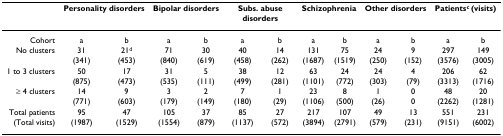
<table><thead><tr><td></td><td colspan="2"><b>Personality disorders</b></td><td colspan="2"><b>Bipolar disorders</b></td><td colspan="2"><b>Subs. abuse disorders</b></td><td colspan="2"><b>Schizophrenia</b></td><td colspan="2"><b>Other disorders</b></td><td colspan="2"><b>Patients<sup>c </sup>(visits)</b></td></tr></thead><tbody><tr><td>Cohort</td><td>a</td><td>b</td><td>a</td><td>b</td><td>a</td><td>b</td><td>a</td><td>b</td><td>a</td><td>b</td><td>a</td><td>b</td></tr><tr><td>No clusters</td><td>31</td><td>21<sup>d</sup></td><td>71</td><td>30</td><td>40</td><td>14</td><td>131</td><td>75</td><td>24</td><td>9</td><td>297</td><td>149</td></tr><tr><td></td><td>(341)</td><td>(453)</td><td>(840)</td><td>(619)</td><td>(458)</td><td>(262)</td><td>(1687)</td><td>(1519)</td><td>(250)</td><td>(152)</td><td>(3576)</td><td>(3005)</td></tr><tr><td>1 to 3 clusters</td><td>50</td><td>17</td><td>31</td><td>5</td><td>38</td><td>12</td><td>63</td><td>24</td><td>24</td><td>4</td><td>206</td><td>62</td></tr><tr><td></td><td>(875)</td><td>(473)</td><td>(535)</td><td>(111)</td><td>(499)</td><td>(281)</td><td>(1101)</td><td>(772)</td><td>(303)</td><td>(79)</td><td>(3313)</td><td>(1716)</td></tr><tr><td>≥ 4 clusters</td><td>14</td><td>9</td><td>3</td><td>2</td><td>7</td><td>1</td><td>23</td><td>8</td><td>1</td><td>0</td><td>48</td><td>20</td></tr><tr><td></td><td>(771)</td><td>(603)</td><td>(179)</td><td>(149)</td><td>(180)</td><td>(29)</td><td>(1106)</td><td>(500)</td><td>(26)</td><td>0</td><td>(2262)</td><td>(1281)</td></tr><tr><td>Total patients</td><td>95</td><td>47</td><td>105</td><td>37</td><td>85</td><td>27</td><td>217</td><td>107</td><td>49</td><td>13</td><td>551</td><td>231</td></tr><tr><td>(Total visits)</td><td>(1987)</td><td>(1529)</td><td>(1554)</td><td>(879)</td><td>(1137)</td><td>(572)</td><td>(3894)</td><td>(2791)</td><td>(579)</td><td>(231)</td><td>(9151)</td><td>(6002)</td></tr></tbody></table>